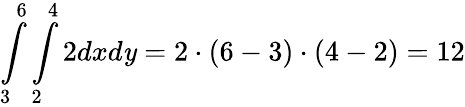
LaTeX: \int\limits_{3}^{6}\int\limits_{2}^{4}2dxd\mathit{y}=2\cdot(6-3)\cdot(4-2)=12